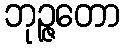
ဘုဉ္ဇတော